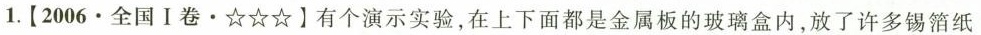
1. [2006 · 全国Ⅰ卷 · ☆☆☆】有个演示实验，在上下面都是金属板的玻璃盒内，放了许多锡箔纸